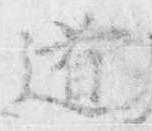
道